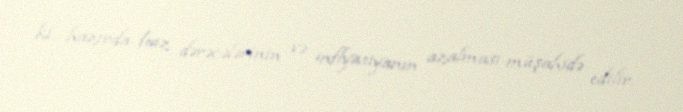
ki, hazırda faiz dərəcələrinin və inflyasiyanın azalması müşahidə edilir.